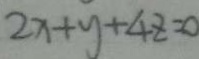
2 x + y + 4 z = 0